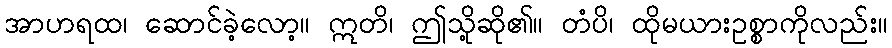
အာဟရထ၊ ဆောင်ခဲ့လော့။ ဣတိ၊ ဤသို့ဆို၏။ တံပိ၊ ထိုမယားဥစ္စာကိုလည်း။